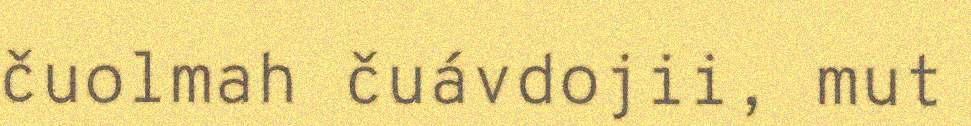
čuolmah čuávdojii, mut